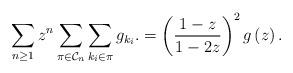
LaTeX: \begin{align*}\sum_{n \geq 1} z^n \sum_{\pi \in \mathcal{C}_n} \sum_{k_i \in \pi} g_{k_i}.= \left(\frac{1-z}{1-2z}\right)^2 g\left(z\right).\end{align*}